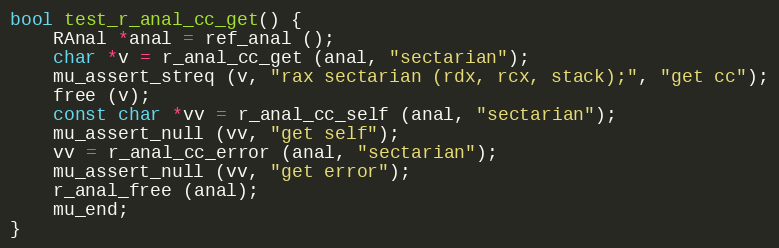
Language: C
bool test_r_anal_cc_get() {
	RAnal *anal = ref_anal ();
	char *v = r_anal_cc_get (anal, "sectarian");
	mu_assert_streq (v, "rax sectarian (rdx, rcx, stack);", "get cc");
	free (v);
	const char *vv = r_anal_cc_self (anal, "sectarian");
	mu_assert_null (vv, "get self");
	vv = r_anal_cc_error (anal, "sectarian");
	mu_assert_null (vv, "get error");
	r_anal_free (anal);
	mu_end;
}